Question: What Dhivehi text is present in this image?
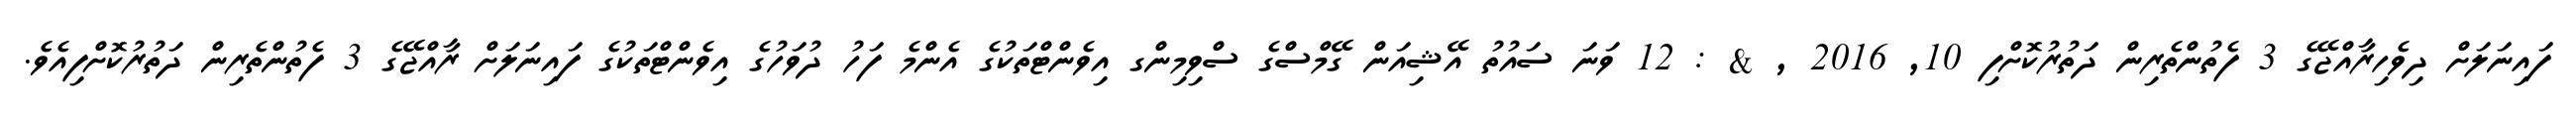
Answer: ފައިނަލަށް ދިވެހިރާއްޖޭގެ 3 ފެތުންތެރިން ދަތުރުކޮށްފި 10, 2016 , & : 12 ވަނަ ސައުތު އޭޝިއަން ގޭމްސްގެ ސްވިމިންގ އިވެންޓްތަކުގެ އެންމެ ފަހު ދުވަހުގެ އިވެންޓްތަކުގެ ފައިނަލަށް ރާއްޖޭގެ 3 ފެތުންތެރިން ދަތުރުކޮށްފިއެވެ.